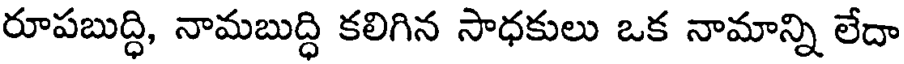
రూపబుద్ధి, నామబుద్ధి కలిగిన సాధకులు ఒక నామాన్ని లేదా